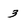
Character: 3